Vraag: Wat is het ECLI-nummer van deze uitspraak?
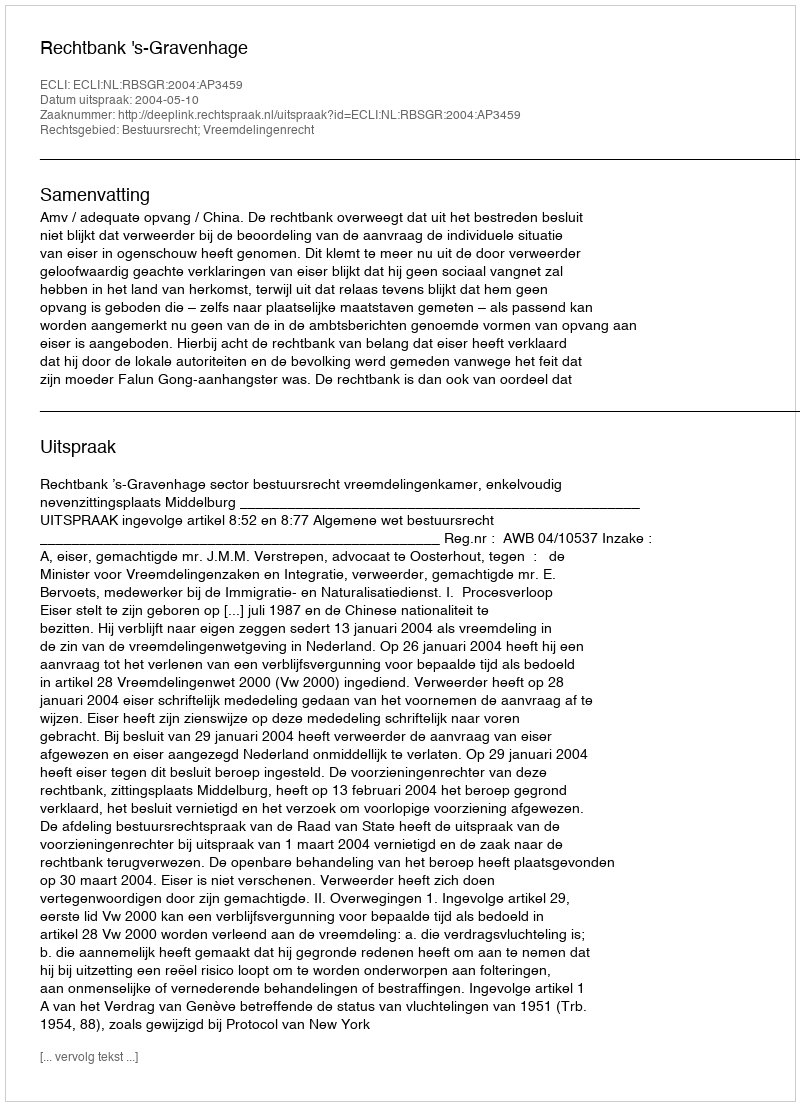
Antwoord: ECLI:NL:RBSGR:2004:AP3459